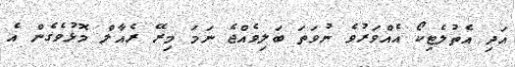
އަދި އެތުލެޓިކޯ އެއްވަރުވެ ނުވަތަ ބަލިވެއްޖެ ނަމަ މިރޭ ރެއާލް މޮޅުވެގެން އެ